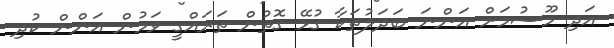
އަދި މޫސުމަށް އަންނަ ބަދަލުތަކާ ގުޅޭ ގޮތުން ތަރައްގީ ވަމުން އަންން ކުދި